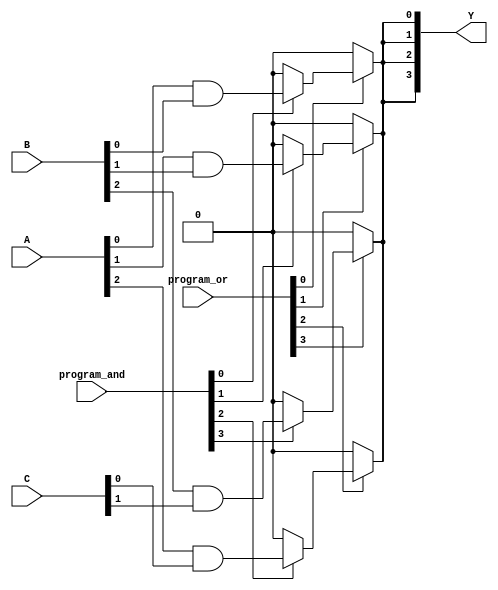
module GAL (
    input wire [3:0] A,          // 4-bit input A
    input wire [3:0] B,          // 4-bit input B
    input wire [3:0] C,          // 4-bit input C
    input wire [3:0] program_and, // Control bits for AND gate configuration
    input wire [3:0] program_or,  // Control bits for OR gate configuration
    output wire [3:0] Y          // 4-bit output Y
);

    // Internal signals for AND gate outputs
    wire [3:0] and_out;

    // Configurable AND gates
    assign and_out[0] = program_and[0] ? (A[0] & B[0]) : 1'b0;
    assign and_out[1] = program_and[1] ? (A[1] & B[1]) : 1'b0;
    assign and_out[2] = program_and[2] ? (A[2] & C[0]) : 1'b0; // Example with C
    assign and_out[3] = program_and[3] ? (B[2] & C[1]) : 1'b0; // Example with B and C

    // Internal signals for OR gate outputs
    wire or_out;

    // Configurable OR gates, combining AND outputs
    assign Y[0] = program_or[0] ? and_out[0] : 1'b0;
    assign Y[1] = program_or[1] ? and_out[1] : 1'b0;
    assign Y[2] = program_or[2] ? and_out[2] : 1'b0;
    assign Y[3] = program_or[3] ? and_out[3] : 1'b0;

    // Final OR operation to combine the outputs
    assign Y = {or_out, or_out, or_out, or_out}; // This can be customized based on requirements.

endmodule